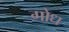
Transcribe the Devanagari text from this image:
गोध